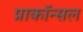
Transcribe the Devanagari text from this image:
प्राकॉन्सल